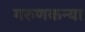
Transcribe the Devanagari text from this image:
गरुणकन्या